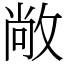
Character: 敞